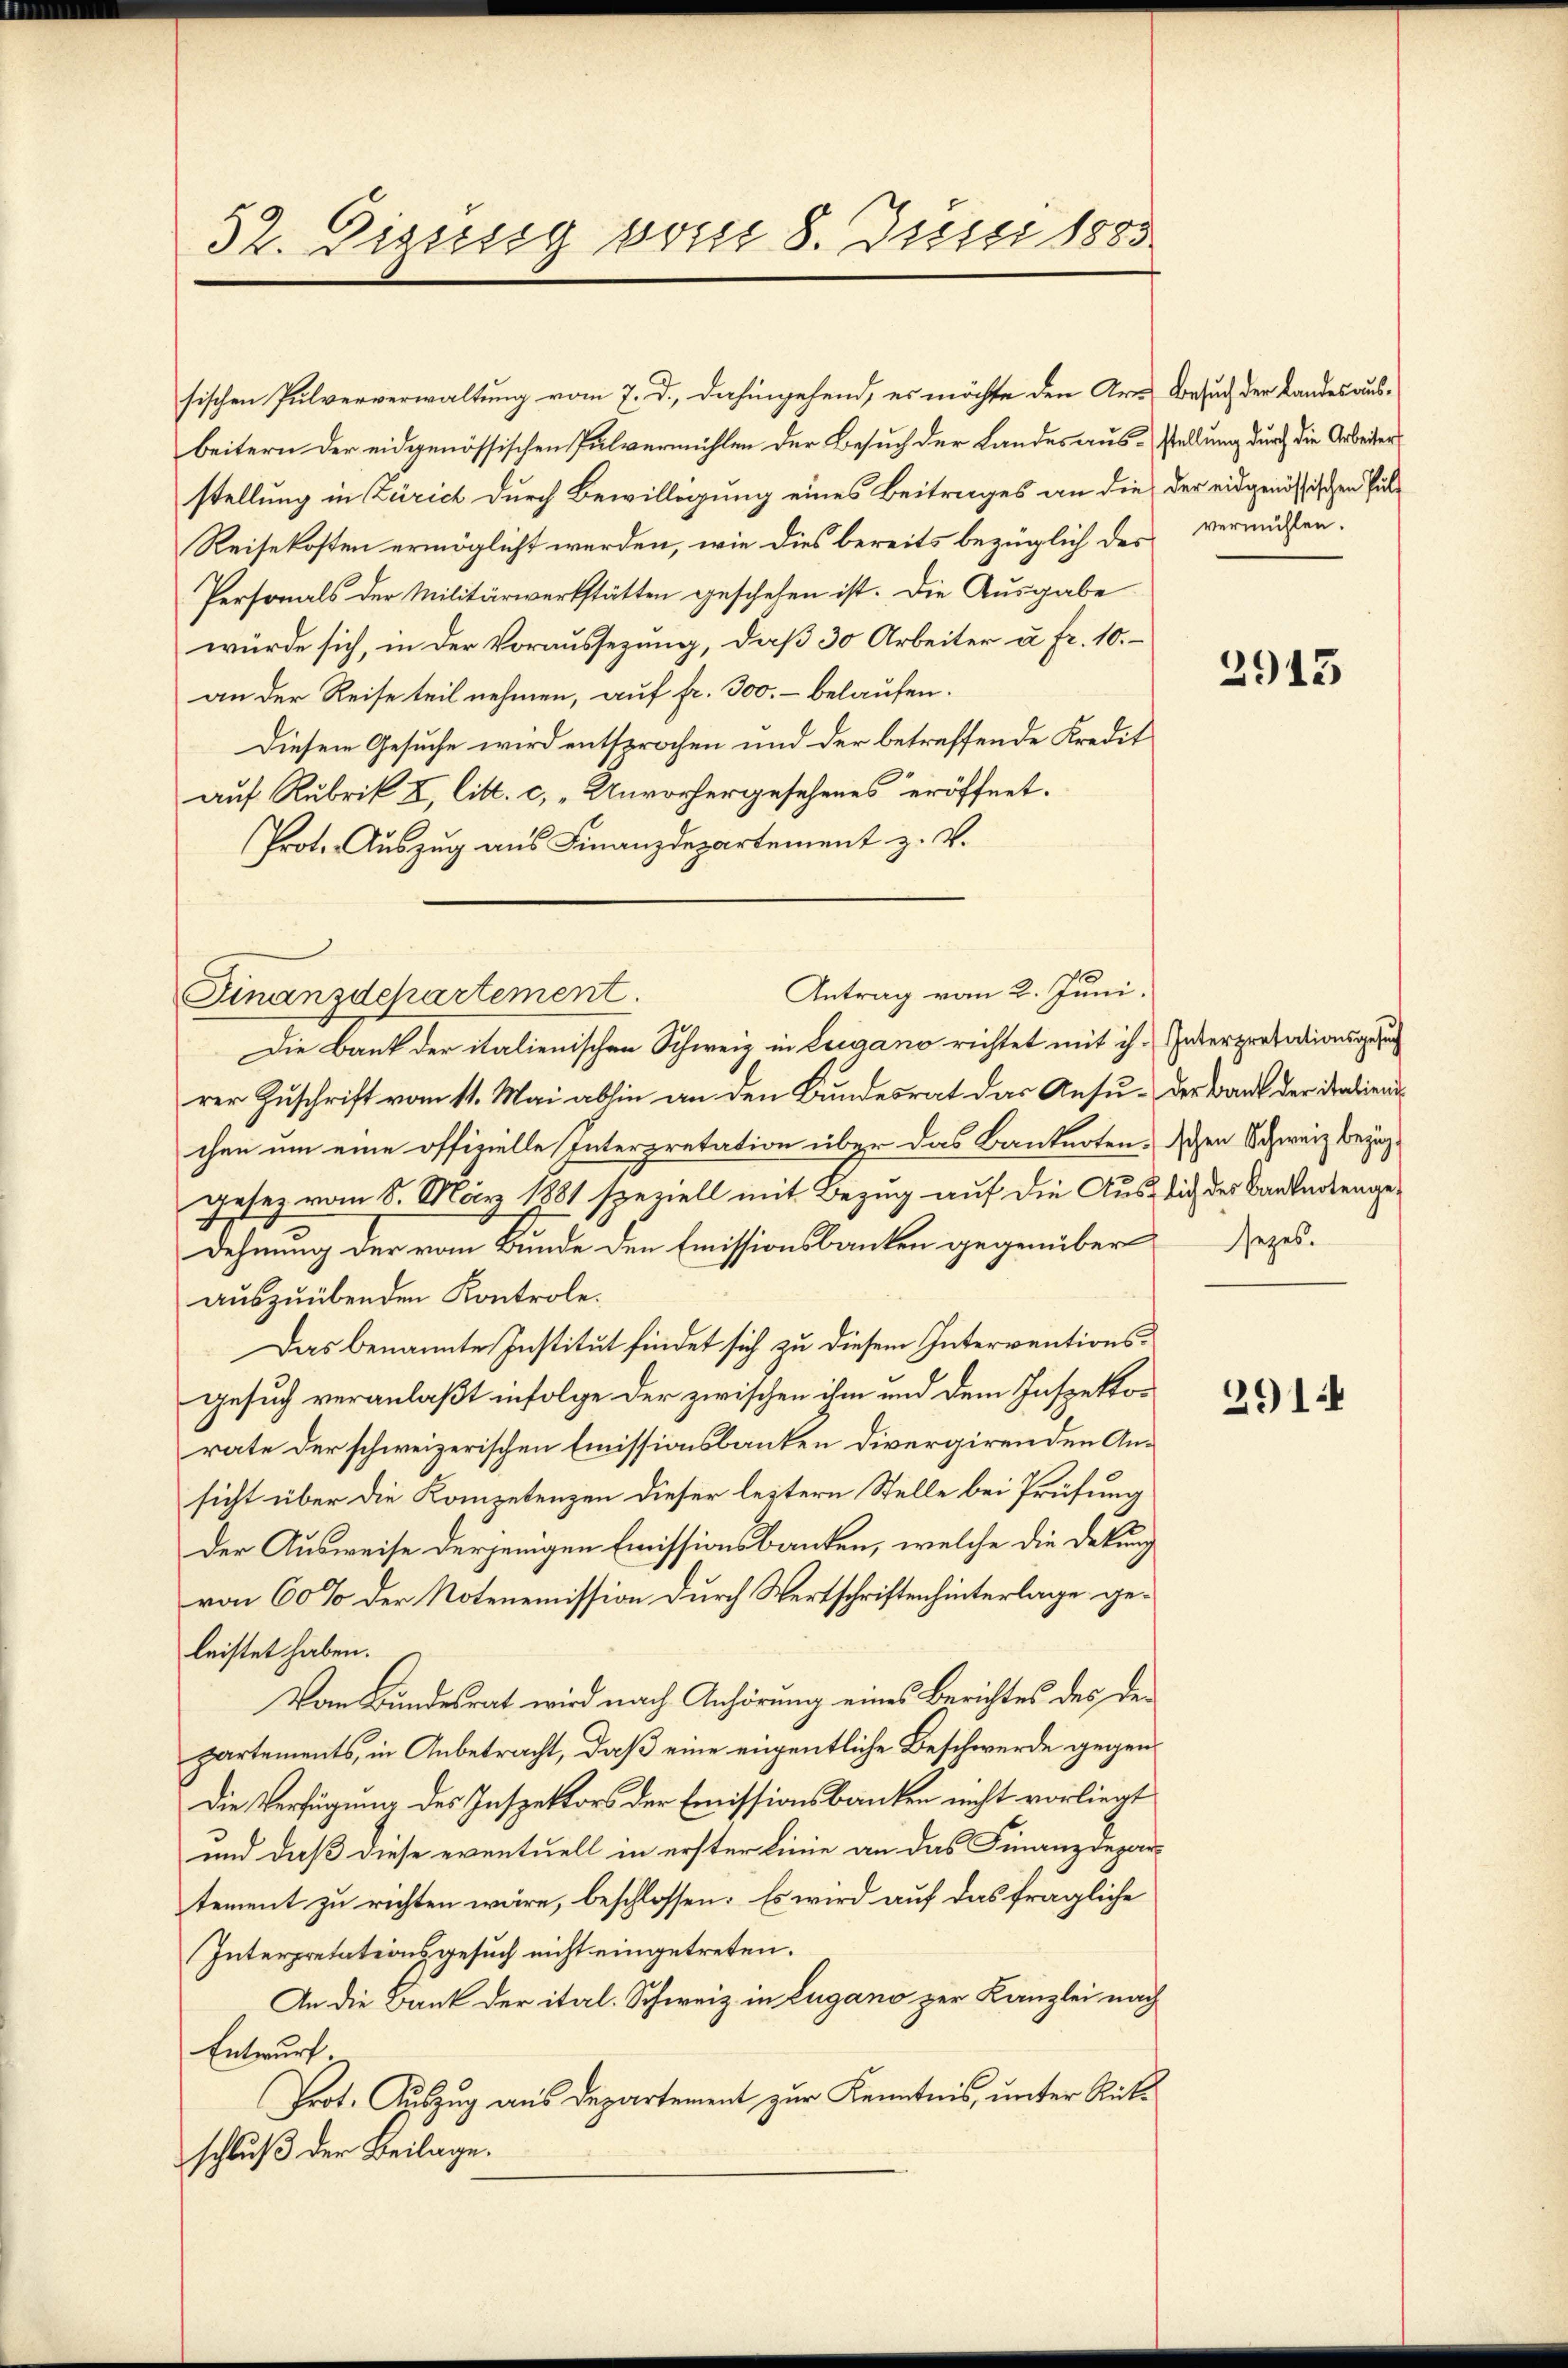
52. Disssig vom 8. Juni 1883

sischen Pulververwaltung vom 7. d. dahingehend, es möchte den Art Besuch der Landes ausbeitern der eidgenössischen Pulvermühlen der Besuch der Landes aus-Stellung durch die Arbeiter
stellung in Zürich durch Bewilligung eines Beitrages an die der eidgenössischen Pul¬
Reisekosten ermöglicht werden, wie dies bereits bezüglich des vermissen.
Personals der Militärwerkstätten geschehen ist. Die Aŭsgabe
würde sich, in der Voraussezung, daß 30 Arbeiter u Fr. 10.
an der Reise teil nehmen, auf fr. 300.- belaufen.
Diesem Gesuche wird entsprochen und der betreffende Kredit
auf Rubrik X, litt. c, „Unvorhergesehenes eröffnet.
Prot. Auszug aus Finanzdepartement z. V.
Die Bank der italienischen Schweiz in Leigano richtet mit ihr Interpretationsgese
rer Zuschrift vom 11. Mai abhin an den Bundesrat das Ansu- der Bank der datiend
chen um eine offizielle Interpretation über das Banknoten, schen Schweiz bezüggesez vom 8. März 1881 speziell mit Bezug auf die Aus dich des Banknotengedehnung der vom Bunde den Emissionsbanken gegenüber
auszuübenden Kontrole.
Das benannte Institut findet sich zu diesem Interventionsgesuch veranlaßt infolge der zwischen ihm und dem Inspektorate der schweizerischen Emissionsbanken divergirenden Ansicht über die Kompetenzen dieser leztern Stelle bei Prüfung
Der Ausweise derjenigen Emissionsbanken, welche die Deckung
von 60% der Notenemission durch Wertschriften hinterlage geleistet haben.
Vom Bundesrat wird nach Anhörung eines Berichtes des der
partements, in Anbetracht, daß eine eigentliche Beschwerde gegen¬
Die Verfügung des Inspektors der Emissionsbanken nicht vorliegt
und daß diese eventuell in erster Linie an das Finanzdepartement zu richten wäre, beschlossen: Es wird auf das fragliche
Interpretationsgesuch nicht eingetreten.
An die Bank der ital. Schweiz in Lugano zur Kanzlei nach
Entwurf
Prot. Auszug aus Departement zur Kenntnis, unter Rücksschluß der Beilage.

Antrag vom 2. Juni.
Finanzdepartement.

2913

sezes.

2914